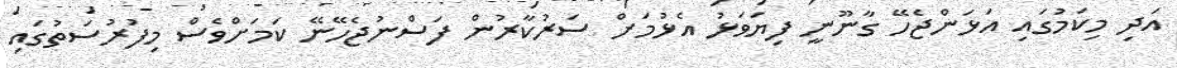
އަދި މިކަމުގައި އަޅަންޖެހޭ ގާނޫނީ ފިޔަވަޅު އެޅުމަށް ސަރުކާރުން ފަސްނުޖެހޭނޭ ކަމަށްވެސް މިފުރުސަތުގައި